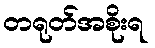
တရုတ်အစိုးရ